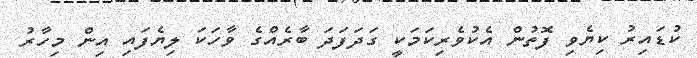
ކުޑައިރު ކިޔެވި ފޮތުން އެކުވެރިކަމަކީ ގަދަފަދަ ބާރެއްގެ ވާހަކަ ލިޔެފައި އިން މިހާރު